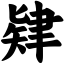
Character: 肄